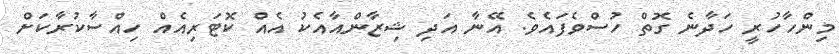
މިންހާހުރީ ހަދާނެ ގޮތް ހުސްވެފައެވެ. އޭނާ އަދި ޝިޒާންއާއެކު އެއް ކޮޓަރިއެއް ހިއްސާކުރާކަށް